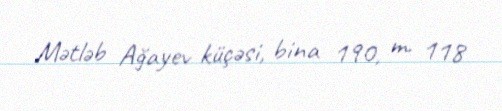
Mətləb Ağayev küçəsi, bina 190, m. 118